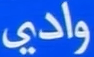
وادي